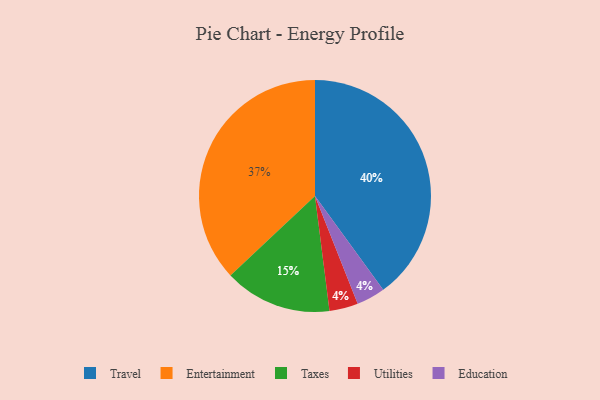
{"axis": {"x": "Category", "y": "Percentage"}, "legend": ["Education", "Entertainment", "Taxes", "Travel", "Utilities"], "data": [{"x": "Utilities", "y": 4, "type": "Utilities"}, {"x": "Travel", "y": 40, "type": "Travel"}, {"x": "Taxes", "y": 15, "type": "Taxes"}, {"x": "Education", "y": 4, "type": "Education"}, {"x": "Entertainment", "y": 37, "type": "Entertainment"}]}